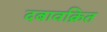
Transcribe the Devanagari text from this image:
दबावक्रित